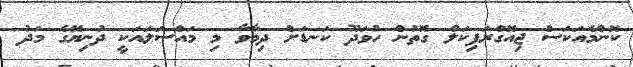
ކޮންމެއަކަސް ޖިއޮގްރަފިކަލް ގޮތުން ހުވަދޫ ކަނޑަށް ދިމާވާ މި މައްސަލައަކީ ދުނިޔޭގެ މަދު